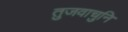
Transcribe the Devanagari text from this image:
तुजवाचुनि